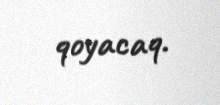
qoyacaq.